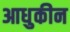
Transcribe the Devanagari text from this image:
आधुकीन